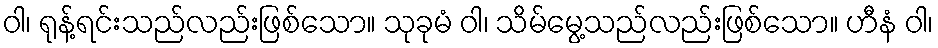
ဝါ၊ ရုန့်ရင်းသည်လည်းဖြစ်သော။ သုခုမံ ဝါ၊ သိမ်မွေ့သည်လည်းဖြစ်သော။ ဟီနံ ဝါ၊